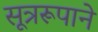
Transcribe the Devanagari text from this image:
सूत्ररूपाने